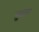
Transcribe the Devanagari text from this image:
सुखायै